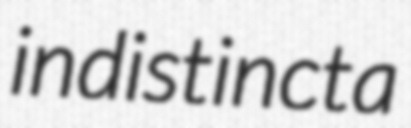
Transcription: indistincta